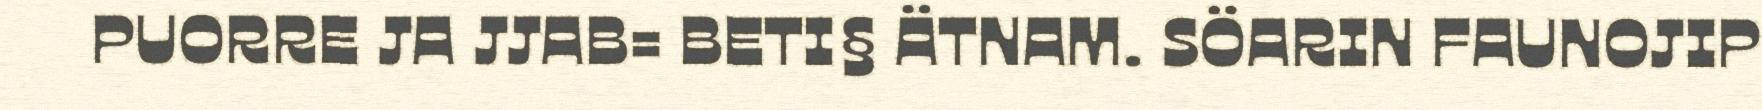
PUORRE JA JJAB= BETI§ ÄTNAM. SÖARIN FAUNOJIP